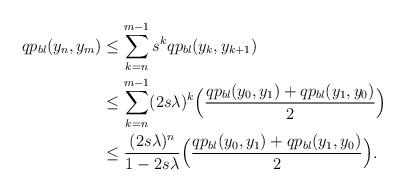
LaTeX: \begin{align*}qp_{bl}(y_n,y_m)&\leq \sum \limits _{k=n}^{m-1} s^k qp_{bl}(y_k,y_{k+1}) \\& \leq \sum \limits _{k=n}^{m-1} (2s\lambda)^k \Big( \frac{qp_{bl}(y_0,y_1)+qp_{bl}(y_1,y_0)}{2}\Big)\\& \leq \frac{(2s\lambda)^n}{1-2s\lambda}\Big( \frac{qp_{bl}(y_0,y_1)+qp_{bl}(y_1,y_0)}{2}\Big).\end{align*}